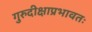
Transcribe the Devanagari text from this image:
गुरुदीक्षाप्रभावतः